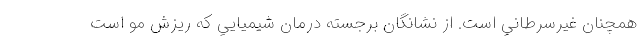
همچنان غيرسرطاني است. از نشانگان برجسته درمان شيميايي كه ريزش مو است